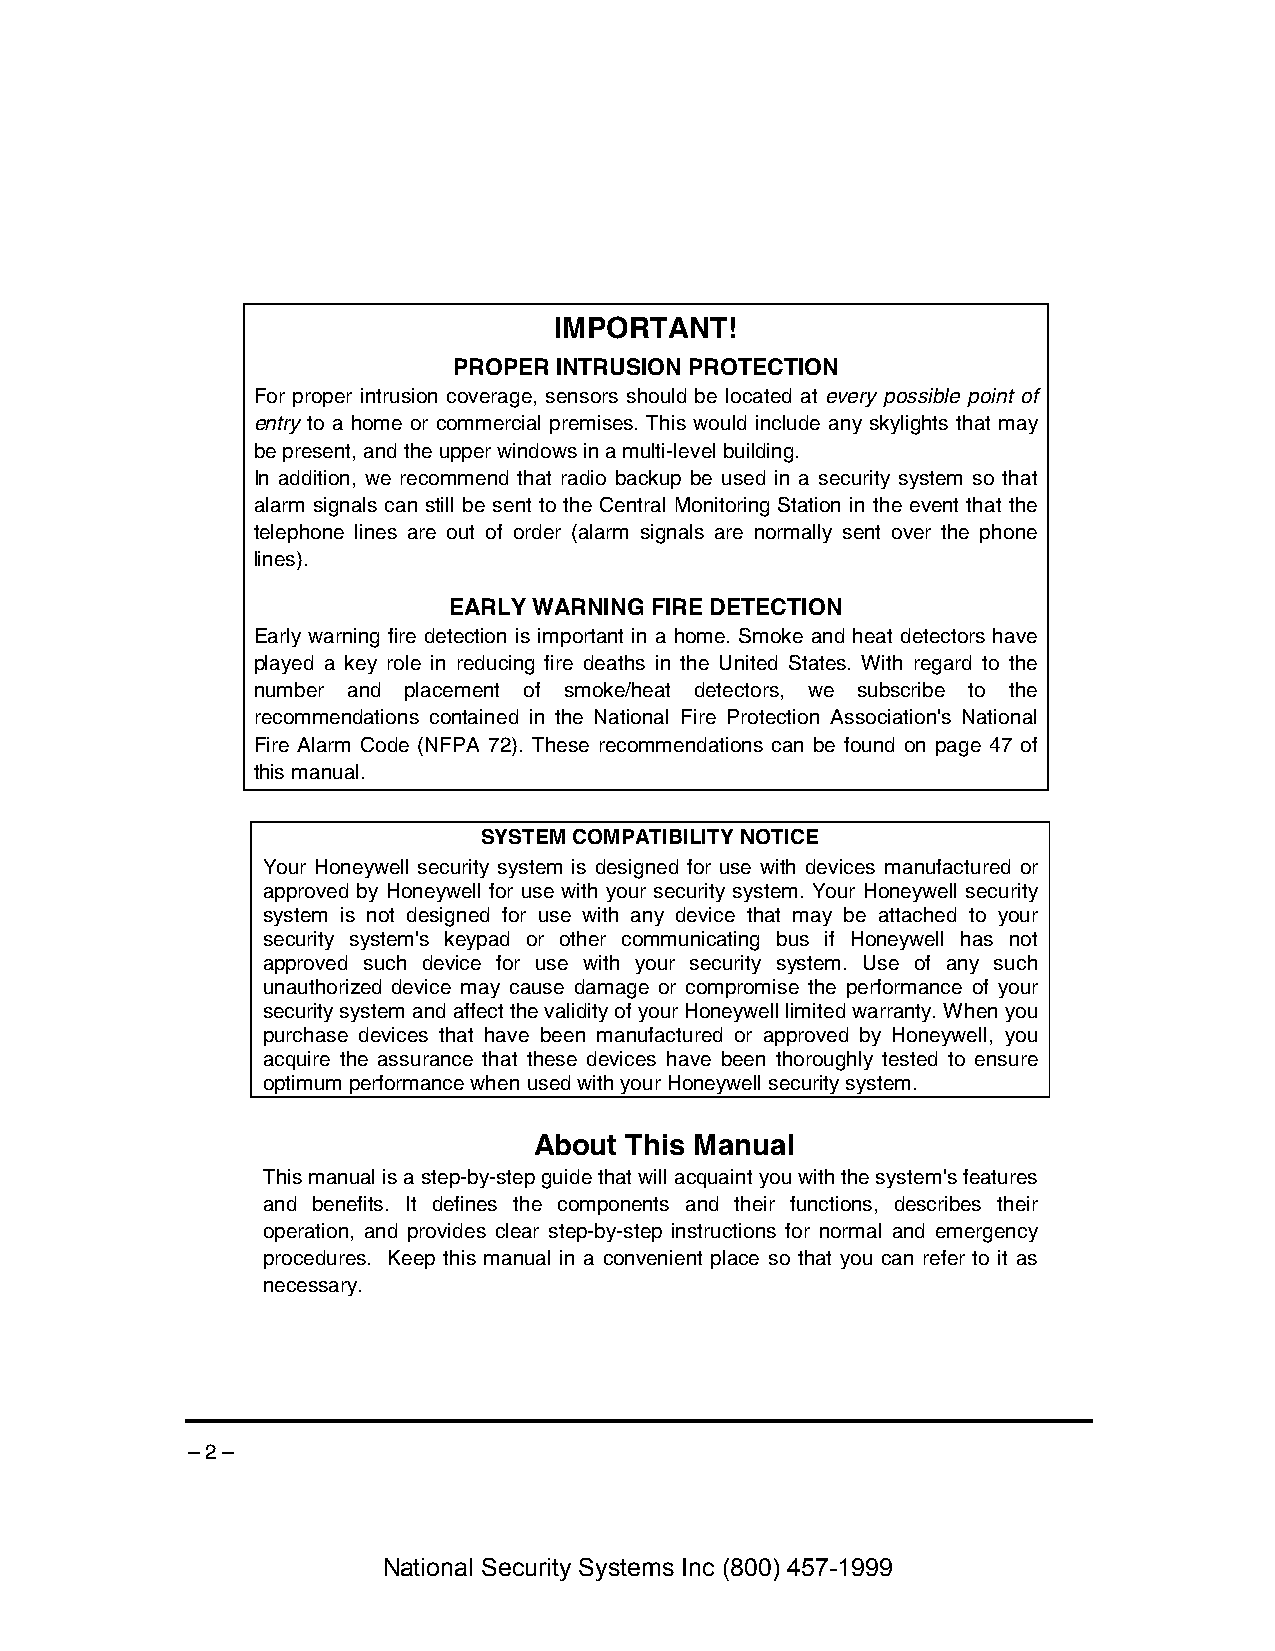
IMPORTANT!
 PROPER INTRUSION PROTECTION
 For proper intrusion coverage, sensors should be located at every possible point of
 entry to a home or commercial premises. This would include any skylights that may
 be present, and the upper windows in a multi-level building.
 In addition, we recommend that radio backup be used in a security system so that
 alarm signals can still be sent to the Central Monitoring Station in the event that the
 telephone lines are out of order (alarm signals are normally sent over the phone
 lines).
 EARLY WARNING FIRE DETECTION
 Early warning fire detection is important in a home. Smoke and heat detectors have
 played a key role in reducing fire deaths in the United States. With regard to the
 number and placement of smoke/heat detectors, we subscribe to the
 recommendations contained in the National Fire Protection Association's National
 Fire Alarm Code (NFPA 72). These recommendations can be found on page 47 of
 this manual.
 SYSTEM COMPATIBILITY NOTICE
 Your Honeywell security system is designed for use with devices manufactured or
 approved by Honeywell for use with your security system. Your Honeywell security
 system is not designed for use with any device that may be attached to your
 security system's keypad or other communicating bus if Honeywell has not
 approved such device for use with your security system. Use of any such
 unauthorized device may cause damage or compromise the performance of your
 security system and affect the validity of your Honeywell limited warranty. When you
 purchase devices that have been manufactured or approved by Honeywell, you
 acquire the assurance that these devices have been thoroughly tested to ensure
 optimum performance when used with your Honeywell security system.
 About This Manual
 This manual is a step-by-step guide that will acquaint you with the system's features
 and benefits. It defines the components and their functions, describes their
 operation, and provides clear step-by-step instructions for normal and emergency
 procedures. Keep this manual in a convenient place so that you can refer to it as
 necessary.
 – 2 –
 National Security Systems Inc (800) 457-1999